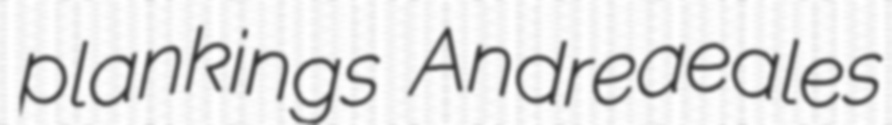
plankings Andreaeales